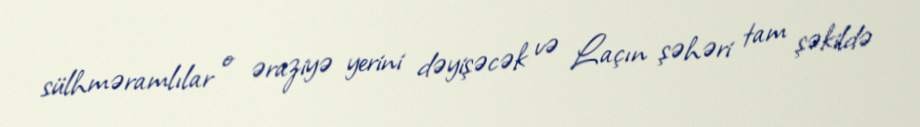
sülhməramlılar o əraziyə yerini dəyişəcək və Laçın şəhəri tam şəkildə